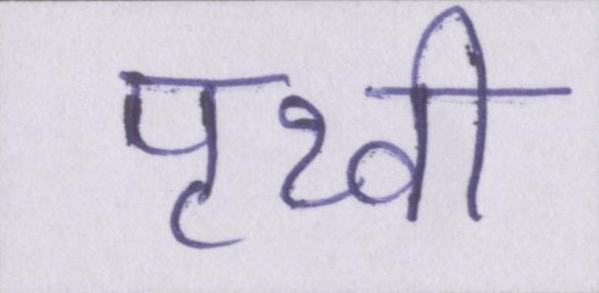
पृथ्वी